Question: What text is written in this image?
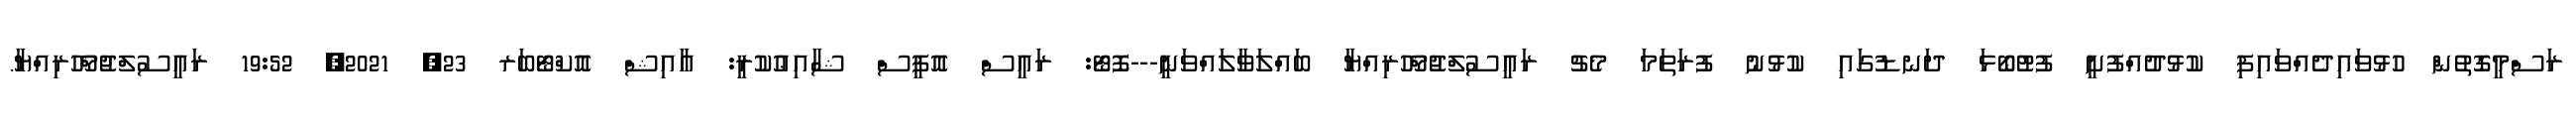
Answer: ރަސްމީގޮތުން ހުޅުވައިދެއްވައިފި ކުޅުދުއްފުށީ ފުޓުބޯޅަ ދަނޑުގައި ކުޅުނު ފުރަތަމަ މެޗު ރައީސުލްޖުމްހޫރިއްޔާ ބައްލަވާލައްވަނީ---ފޮޓޯ: ރައީސް އޮފީސް ޝާއިޢުކުރީ: ޢާއިޝް އޮކްޓޯބަރ 23, 2021, 19:52 ރައީސުލްޖުމްހޫރިއްޔާ.